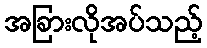
အခြားလိုအပ်သည့်